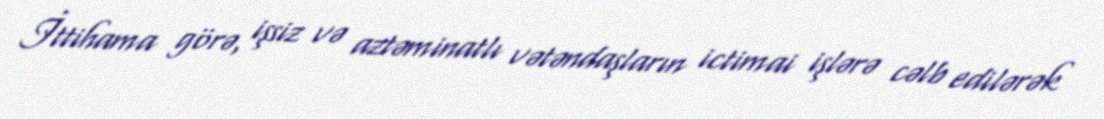
İttihama görə, işsiz və aztəminatlı vətəndaşların ictimai işlərə cəlb edilərək